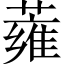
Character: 蕹